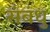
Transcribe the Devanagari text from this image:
संबंधु